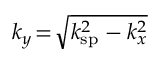
k _ { y } \! = \! \sqrt { k _ { \mathrm { s p } } ^ { 2 } - k _ { x } ^ { 2 } }